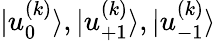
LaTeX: {|u_{0}^{(k)}\rangle},{|u_{+1}^{(k)}\rangle},{|u_{-1}^{(k)}\rangle}